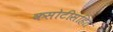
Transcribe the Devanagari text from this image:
कसोटीसहित